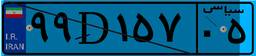
۹۹D۱۵۷۰۵